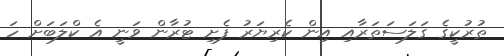
ތުރުކީގެ ގަލަސަތަރާއި އިން ކެރިޔަރު ފެށި ޓުރާން ވަނީ އެ ކްލަބަށް ހަ